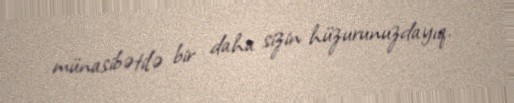
münasibətilə bir daha sizin hüzurunuzdayıq.